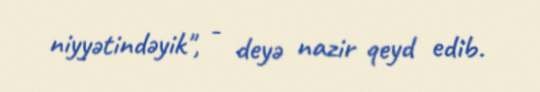
niyyətindəyik", - deyə nazir qeyd edib.